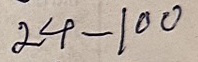
24 - 100